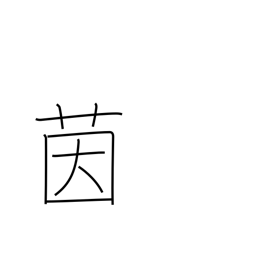
Meaning: mattress